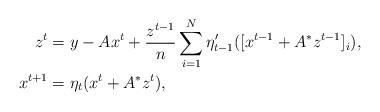
LaTeX: \begin{align*}z^t &= y - A x^t+\frac{z^{t-1}}{n}\sum_{i=1}^N \eta_{t-1}'([x^{t-1}+A^*z^{t-1}]_i),\\x^{t+1}&=\eta_t(x^t+A^*z^t),\end{align*}